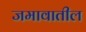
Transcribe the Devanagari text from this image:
जमावातील